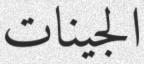
الجینات